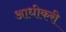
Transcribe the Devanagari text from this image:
आधीकरी